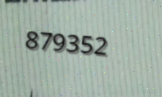
879352